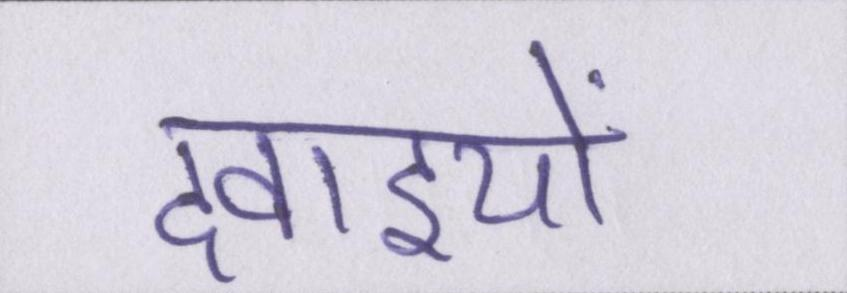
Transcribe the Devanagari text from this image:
दवाइयों